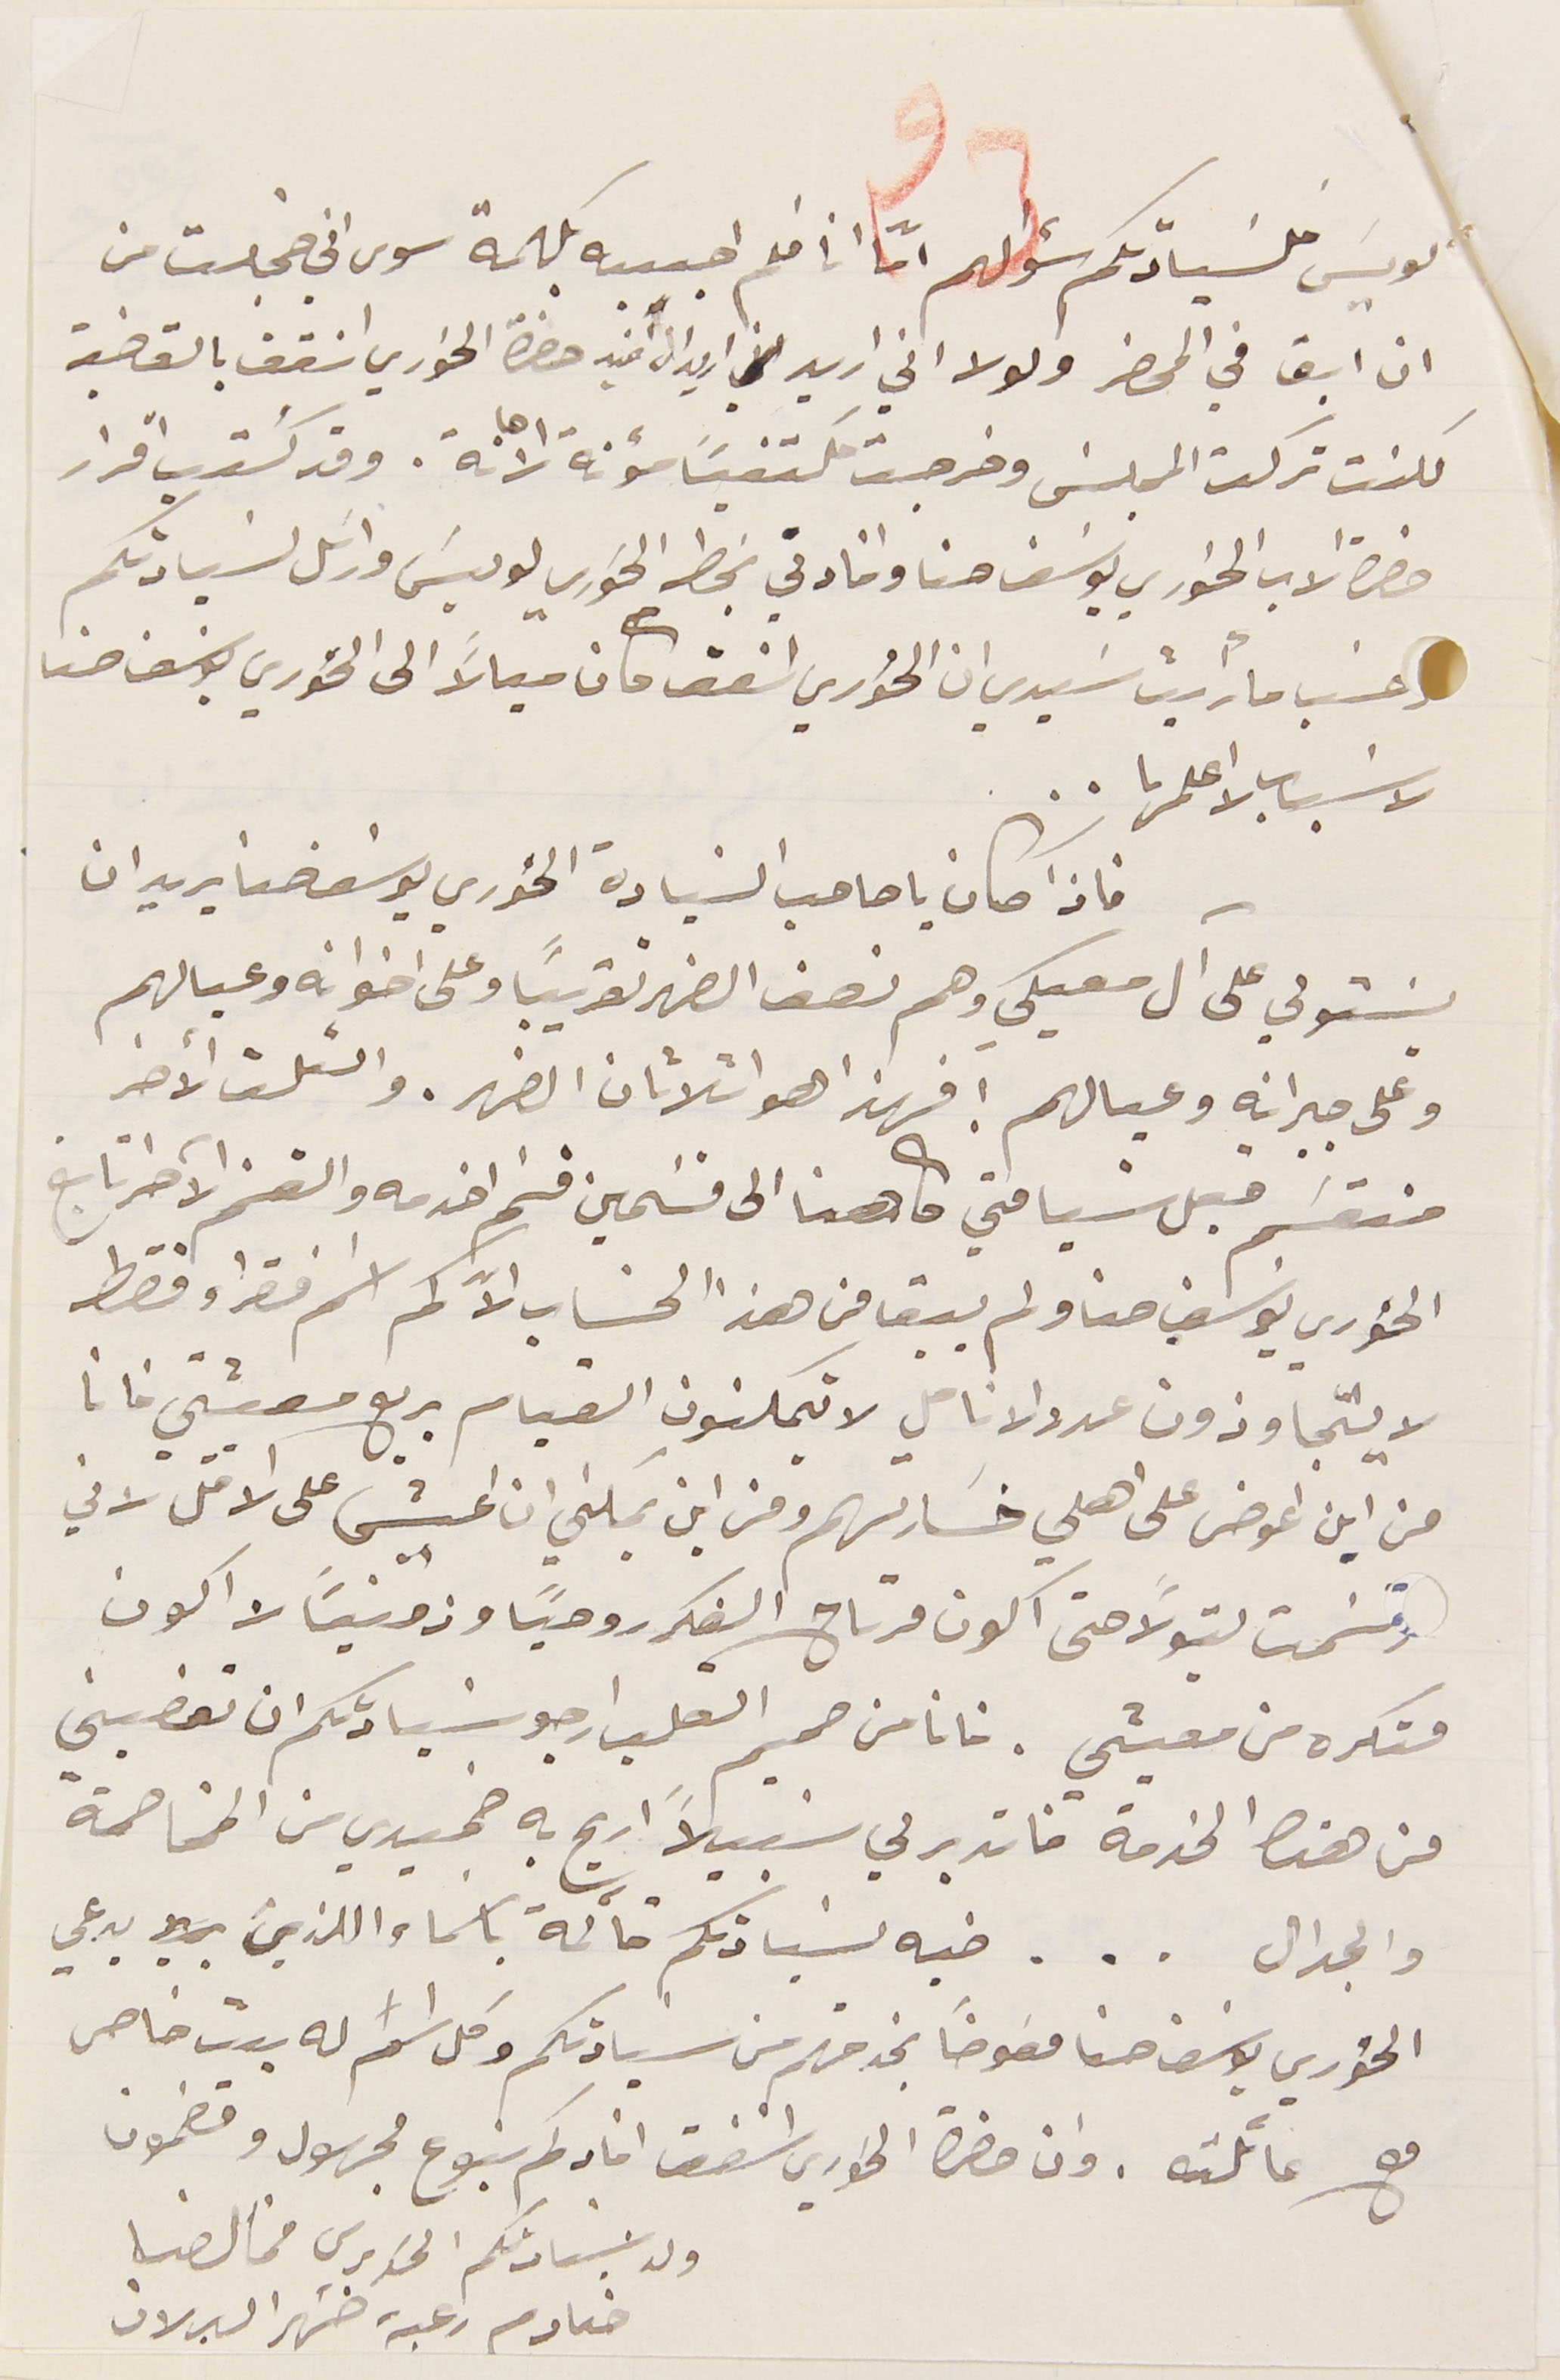
لويسَ فلسَيادتكم سؤالهم امّا انا فلم اجيبه بكلمة سوى اني خجلت من

ان ابق في المحضر ولولا اني اريد اني اريد ان افيد حضرة الخوري  اسْقف بالقضية
لكنت تركت المجلسَ وخرجت مكتفيًا سؤ نة الاهانة. وقد كُتب اقرار
حضرة الاب الخوري يوسَف حنا وافادتي بخط الخوري لويسَ وارسَل لسَيادتكم
حسَب ما رأيت سَيدي ان الخوري  اسْفق كان ميالًا الى الخوري يوسَف حنا
لاسَباب لا اعلمها . .
 فاذا كان يا صاحب السَيادة الخوري يوسَف حنا يريد ان
يسَتولي على آل معيكي وهم نصف الضهر تقريباً وعلى اخوانه وعيالهم
وعلى جيرانه وعيالهم ! فهذا هو اثلاثان الضهر. والثلث الآخر
منقسَم قبل سيامتي كاهنا الى قسَمين قسَم اخدمه والقسَم الآخر تابع
الخوري يوسَف حنا ولم يبق من هذا الحساب الاّ كم اسم فقرا وفقط
لا يتجاوزون عدد الانامل لا يتمكنون القيام بربع معيشتي فانا
من اين اعوض على اهلي خسَارتهم ومن اين يمكني ان اعيش على الاقل لاني
رتسَمت بتولاً حتى اكون مرتاح الفكر روحيًا وزمنيًا لا اكون
متكره من معيشي. فانا من صميم القلب ارجو سَيادتكم ان تعفيني
من هذه الخدمة فاتدبر لي سَبيلاً اريح به ضميري من المخاصمة
والجدال . . . طيه لسَيادتكم قائمة باسماء اللذين يدعي
الخوري يوسَف حنا مفوضًا بخدمتهم من سيادتكم وكل اسَم له بيت خاص
مع عائلته. وان حضرة الخوري اسْقف افادكم بنوع مجهول ومضمون
ولد سَيادتكم الخوري مخاىل حنا
خادم رعية ضهر البلان